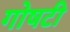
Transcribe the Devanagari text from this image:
गोषटी